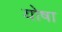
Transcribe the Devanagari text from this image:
योषा